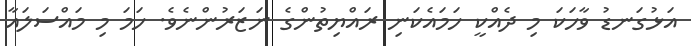
އަޅުގަނޑު ވާހަކަ މި ދެއްކީ ހަމައެކަނި ރައްޔިތުންގެ ނަޒަރުންނެވެ. ހަމަ މި މައްސަލައާ